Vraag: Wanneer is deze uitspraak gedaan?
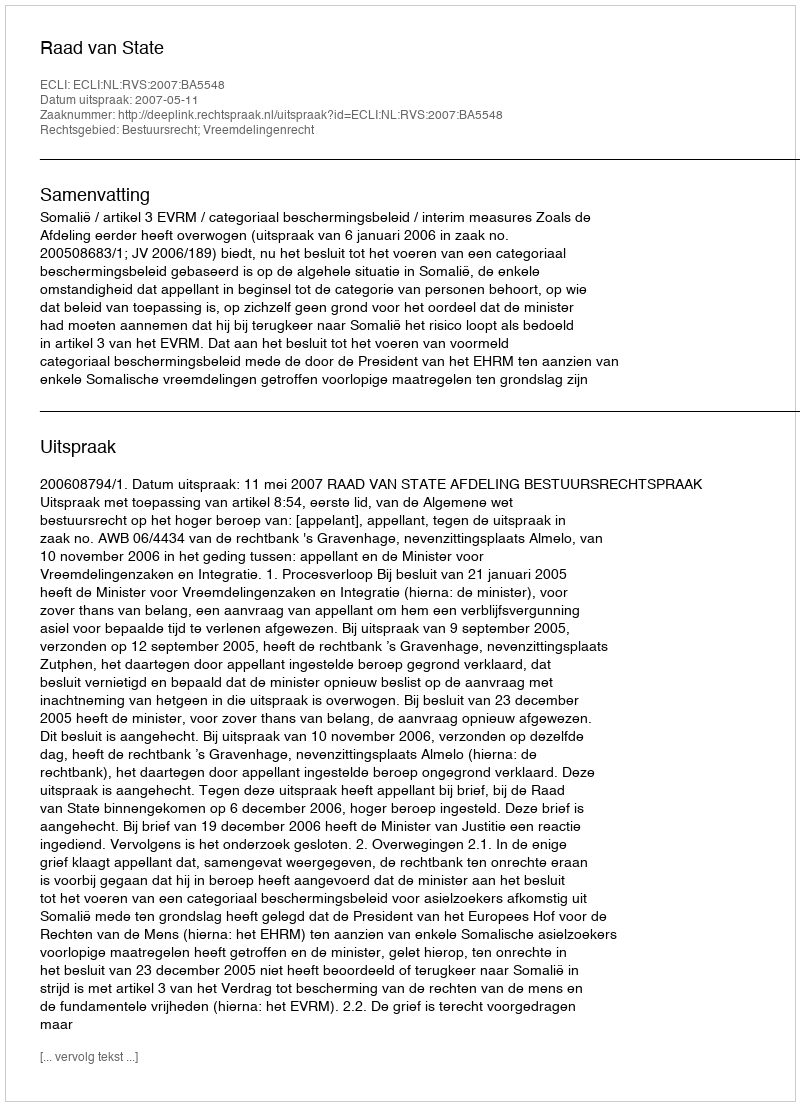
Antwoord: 2007-05-11